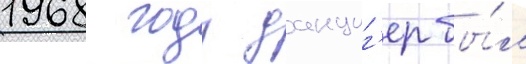
1968 году данциг'ер бы́л